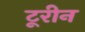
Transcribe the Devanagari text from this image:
टूरीन